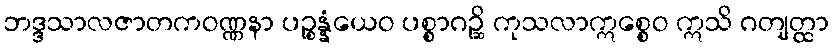
ဘဒ္ဒသာလဇာတကဝဏ္ဏနာ ပဉ္စန္နံယေဝ ပစ္စာဂဉ္ဆိ ကုသလာဣစ္စေဝ ဣသိ ဂတျတ္ထာ